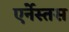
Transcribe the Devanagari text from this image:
एर्नेस्तस